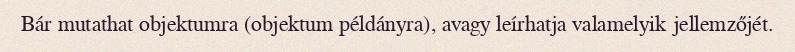
Bár mutathat objektumra (objektum példányra), avagy leírhatja valamelyik jellemzőjét.